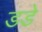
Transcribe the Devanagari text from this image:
डडे